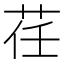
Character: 荏